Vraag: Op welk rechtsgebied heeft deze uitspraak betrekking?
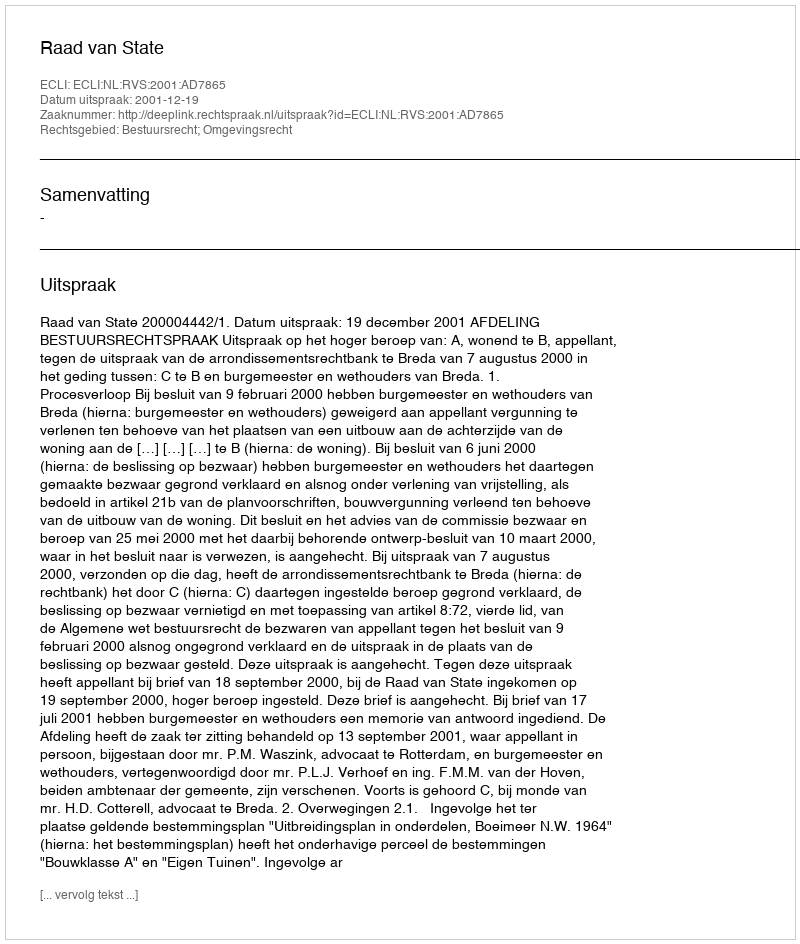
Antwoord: Bestuursrecht; Omgevingsrecht